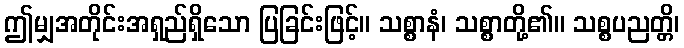
ဤမျှအတိုင်းအရှည်ရှိသော ပြခြင်းဖြင့်။ သစ္စာနံ၊ သစ္စာတို့၏။ သစ္စပညတ္တိ၊